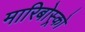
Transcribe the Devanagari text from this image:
मारिबोस्र्को